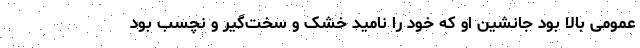
عمومی بالا بود جانشین او که خود را نامید خشک و سخت‌گیر و نچسب بود